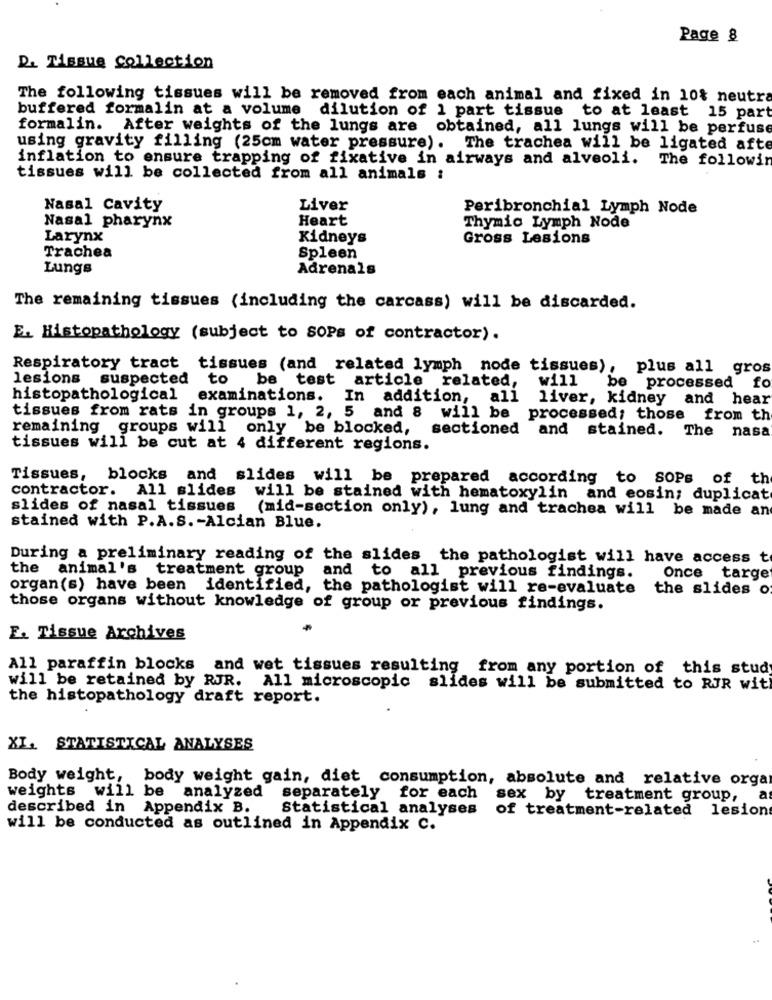
Page 8
D. Tissue Collection
The following tissues will be removed from each animal and fixed in 10% neutra
buffered formalin at a volume dilution of 1 part tissue to at least 15 part
formalin. After weights of the lungs are obtained, all lungs will be perfuse
using gravity filling (25cm water pressure). The trachea will be ligated afte
inflation to ensure trapping of fixative in airways and alveoli. The followin
tissues will be collected from all animals :
Nasal Cavity
Liver
Peribronchial Lymph Node
Nasal pharynx
Heart
Thymic Lymph Node
Larynx
Kidneys
Gross Lesions
Trachea
Spleen
Lungs
Adrenals
The remaining tissues (including the carcass) will be discarded.
E. Histopathology (subject to SOPs of contractor).
Respiratory tract tissues (and related lymph node tissues), plus all gros
lesions suspected to be test article related,
will
be processed fo
histopathological
examinations. In addition, all
liver, kidney and hear
tissues from rats in groups 1, 2, 5 and 8 will be processed; those from th
remaining groups will only be blocked, sectioned and stained. The nasa
tissues will be cut at 4 different regions.
Tissues,
blocks and slides will be prepared according to SOPs of th
contractor.
All slides
will be stained with hematoxylin and eosin; duplicat
slides of nasal tissues
(mid-section only), lung and trachea will be made an
stained with P.A.S. - Alcian Blue.
During a preliminary reading of the slides the pathologist will have access t
the
animal's treatment group
and to all previous findings.
Once targe
organ(s) have been identified, the pathologist will re-evaluate
the slides o
those organs without knowledge of group or previous findings.
F. Tissue Archives
All paraffin blocks and wet tissues resulting from any portion of this study
will be retained by RJR. All microscopic slides will be submitted to RIR with
the histopathology draft report.
XL. STATISTICAL ANALYSES
Body weight, body weight gain, diet consumption, absolute and relative orga
weights will be analyzed separately for each sex by treatment group,
described in Appendix B.
Statistical analyses
of treatment-related lesion
will be conducted as outlined in Appendix C.